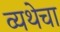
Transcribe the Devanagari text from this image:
व्यथेचा